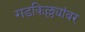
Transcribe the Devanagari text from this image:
गडकिल्ल्यांवर